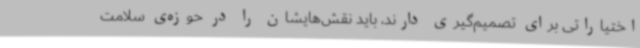
اختیاراتی برای تصمیم‌گیری دارند، باید نقش‌هایشان را در حوزه‌ی سلامت